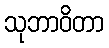
သုဘာဝိတာ